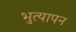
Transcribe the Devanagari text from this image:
भुत्यापन